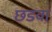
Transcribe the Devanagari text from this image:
छडवा